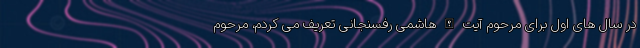
در سال های اول برای مرحوم آیت الله هاشمی رفسنجانی تعریف می کردم، مرحوم